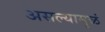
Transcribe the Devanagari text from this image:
असल्यामुळं